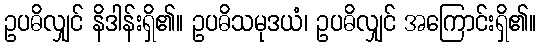
ဥပဓိလျှင် နိဒါန်းရှိ၏။ ဥပဓိသမုဒယံ၊ ဥပဓိလျှင် အကြောင်းရှိ၏။